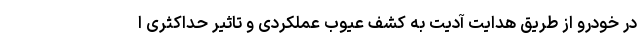
در خودرو از طریق هدایت آدیت به کشف عیوب عملکردی و تاثیر حداکثری ا